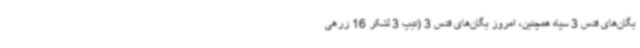
یگان‌های قدس 3 سپاه همچنین، امروز یگان‌های قدس 3 (تیپ 3 لشکر 16 زرهی